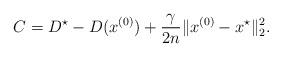
LaTeX: \begin{align*} C = D^\star-D(x^{(0)})+\frac{\gamma}{2n} \|x^{(0)}-x^\star\|_2^2.\end{align*}